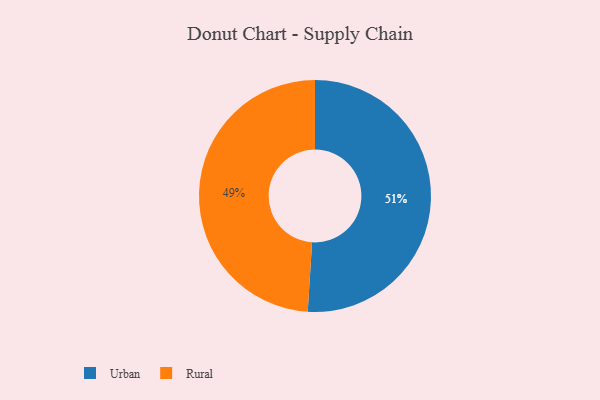
{"axis": {"x": "Category", "y": "Percentage"}, "legend": ["Rural", "Urban"], "data": [{"x": "Rural", "y": 49, "type": "Rural"}, {"x": "Urban", "y": 51, "type": "Urban"}]}